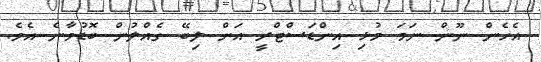
އެހެން ނޫން ނަމަ މުޅި އިންޑަސްޓްރީ އަށް ލިބޭ ގެއްލުން ބޮޑުވާނެ އެވެ.